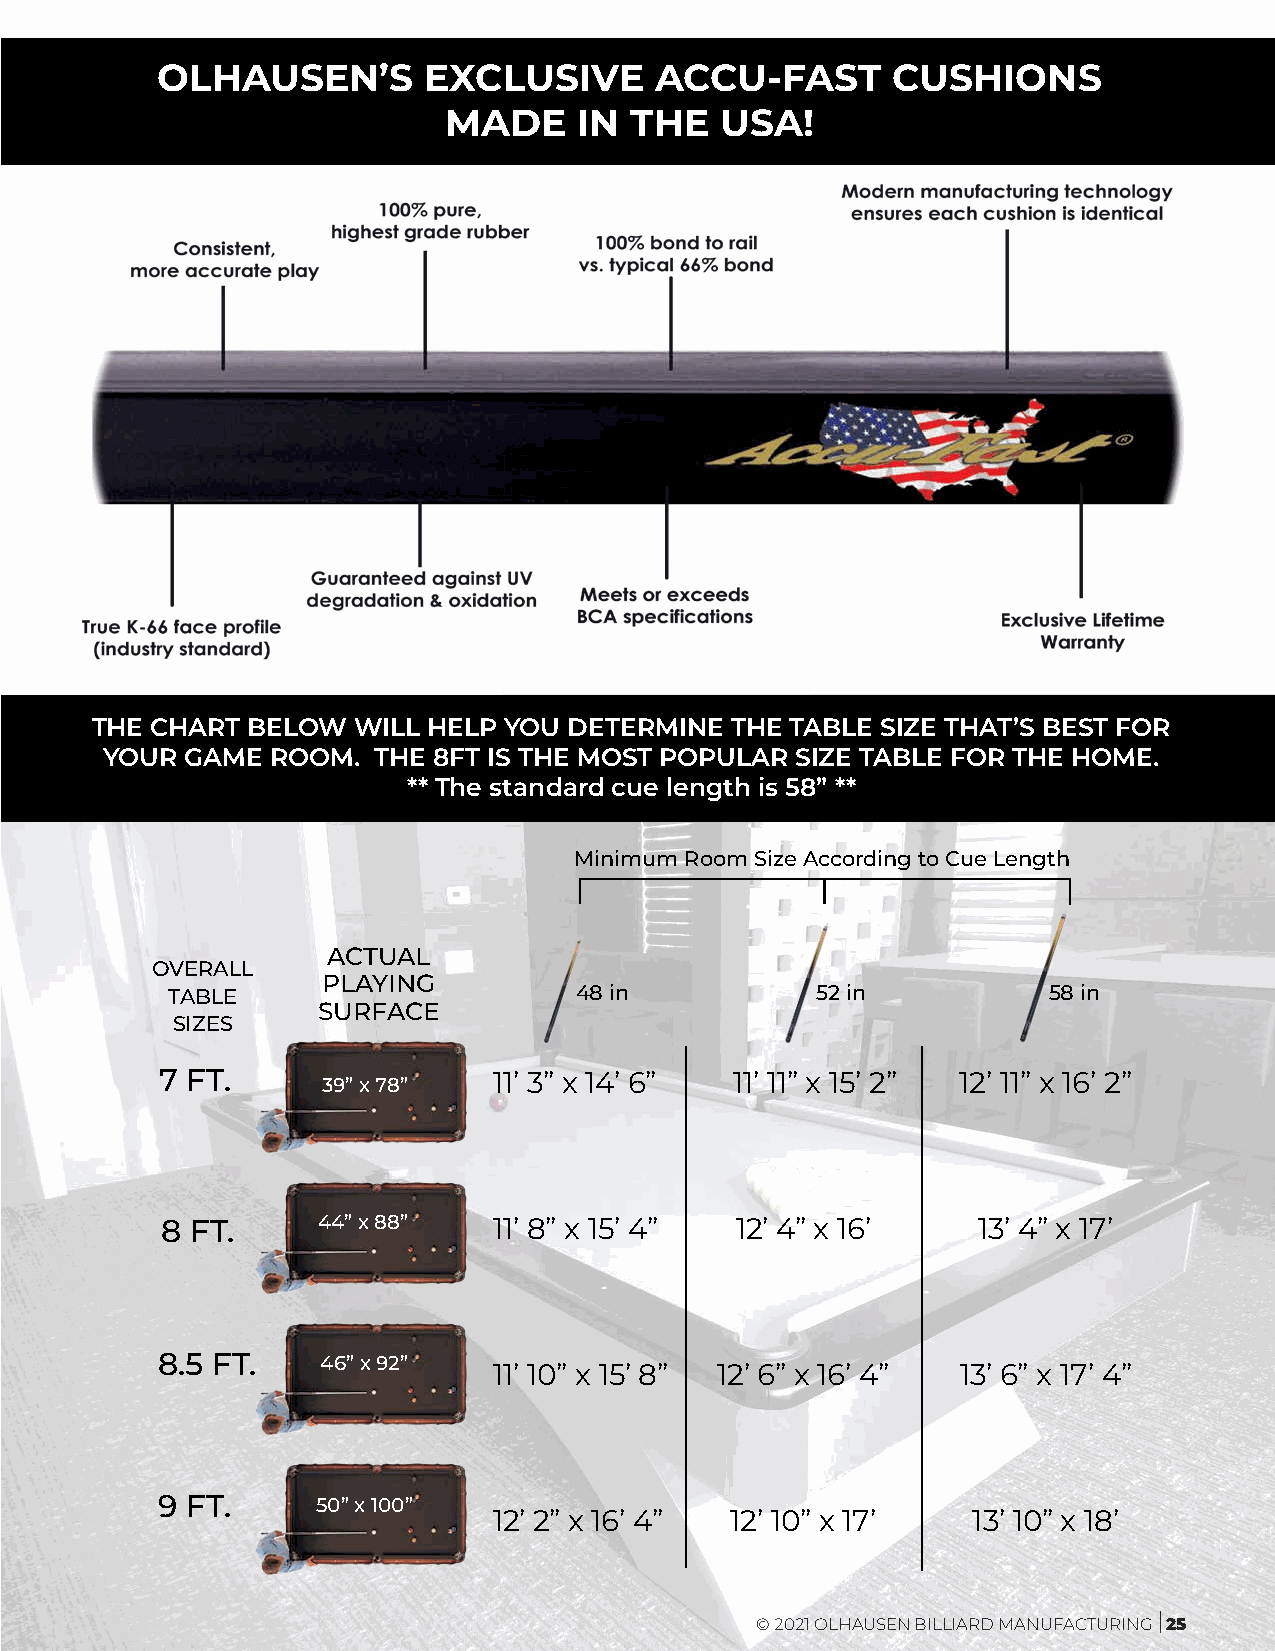
OLHAUSEN’S        EXCLUSIVE      ACCU-FAST       CUSHIONS
 MADE     IN  THE   USA!
 THE CHART BELOW  WILL HELP YOU  DETERMINE THE TABLE SIZE THAT’S BEST FOR
 YOUR GAME  ROOM.  THE 8FT IS THE MOST POPULAR SIZE TABLE FOR THE HOME.
 ** The standard cue length is 58” **
 Minimum Room Size According to Cue Length
 ACTUAL
 OVERALL
 PLAYING
 TABLE                      48 in           52 in          58 in
 SURFACE
 SIZES
 7 FT.     39” x 78”   11’ 3” x 14’ 6” 11’ 11” x 15’ 2” 12’ 11” x 16’ 2”
 8 FT.     44” x 88”   11’ 8” x 15’ 4” 12’ 4” x 16’    13’ 4” x 17’
 8.5 FT.    46” x 92”
 11’ 10” x 15’ 8” 12’ 6” x 16’ 4” 13’ 6” x 17’ 4”
 9 FT.      50” x 100”
 12’ 2” x 16’ 4” 12’ 10” x 17’  13’ 10” x 18’
 © 2021 OLHAUSEN BILLIARD MANUFACTURING 25